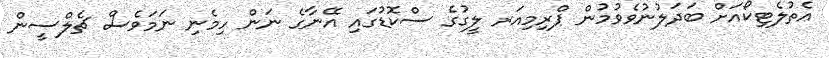
އެތުލެޓިކޯއަށް ބަދަލުނުވެވުމުން ޕްރިމިއަރ ލީގުގެ ސްކޮޑުގައި އޭނާގެ ނަން ހިމެނި ނަމަވެސް ޗެލްސީން